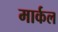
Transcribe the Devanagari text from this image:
मार्कल